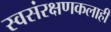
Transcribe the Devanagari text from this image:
स्वसंरक्षणकलाही